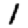
Digit: 1